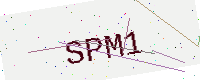
Text: SPM1